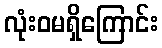
လုံးဝမရှိကြောင်း